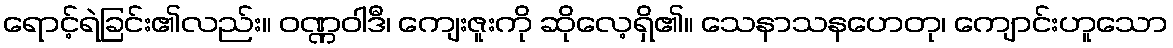
ရောင့်ရဲခြင်း၏လည်း။ ဝဏ္ဏဝါဒီ၊ ကျေးဇူးကို ဆိုလေ့ရှိ၏။ သေနာသနဟေတု၊ ကျောင်းဟူသော